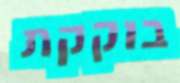
בוקקת